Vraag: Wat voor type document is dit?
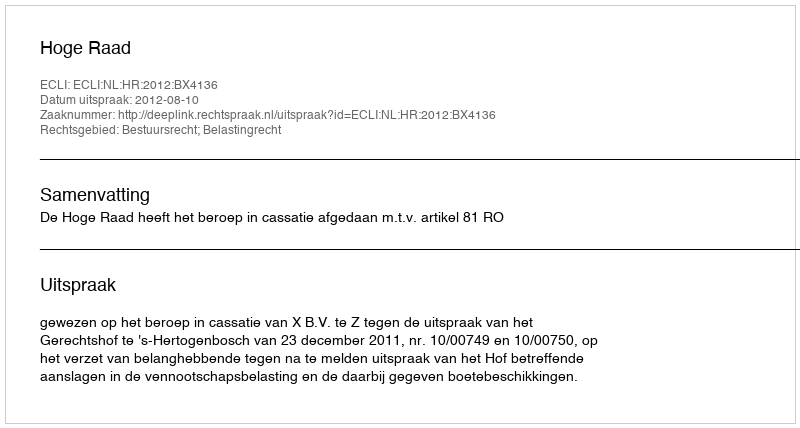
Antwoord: Uitspraak